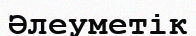
Әлеуметік